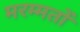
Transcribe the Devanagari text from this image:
मरम्मतों